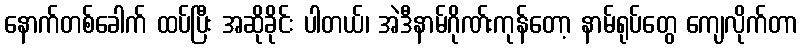
နောက်တစ်ခေါက် ထပ်ပြီး အဆိုခိုင်း ပါတယ်၊ အဲဒီနာမ်ဂိုဏ်းကုန်တော့ နာမ်ရုပ်တွေ ကျေလိုက်တာ